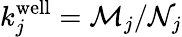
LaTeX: k_{j}^{\mathrm{well}}=\mathcal{M}_{j}/\mathcal{N}_{j}